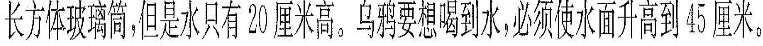
长方形玻璃筒，但是水只有20厘米高。乌鸦要想喝到水，必须使水面升高到45厘米。